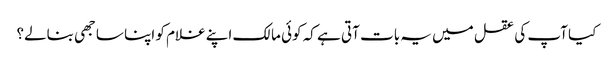
کیا آپ کی عقل میں یہ بات آتی ہے کہ کوئی مالک اپنے غلام کو اپنا ساجھی بنالے؟